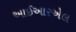
આઈઆરએલ